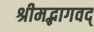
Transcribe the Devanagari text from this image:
श्रीमद्भागवद्